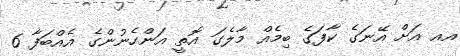
އއ އަށް އޭނަގެ ކާފަގެ ބިމެއް މާލެގަ އޮތީ އަންހެނުންގެ އެއްބަފާ 6